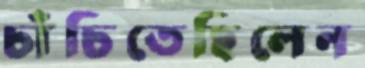
চাঁচিতেছিলেন